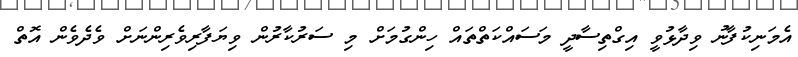
އެމަނިކުފާނު ވިދާޅުވީ އިގްތިސާދީ މަސައްކަތްތައް ހިންގުމަށް މި ސަރުކާރުން ވިޔަފާރިވެރިންނަށް ވެދެވެން އޮތް